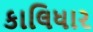
કાલિધાર